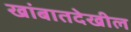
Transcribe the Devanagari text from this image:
खांबातदेखील